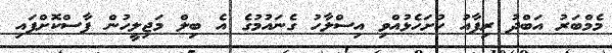
މެމްބަރު އަބްދު ރިފާއު ހުށަހެޅުއްވި އިސްލާހު ގެނައުމުގެ އެ ބިލް މަޖިލީހުން ފާސްކޮށްފައި